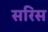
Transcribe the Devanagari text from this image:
सरिस